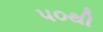
૫૦થી